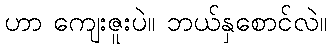
ဟာ ကျေးဇူးပဲ။ ဘယ်နှစောင်လဲ။